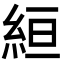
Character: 絙